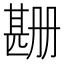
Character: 𬎲